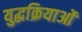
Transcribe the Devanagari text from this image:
युद्धक्रियाओं